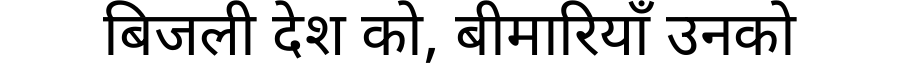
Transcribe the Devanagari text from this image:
बिजली देश को, बीमारियाँ उनको